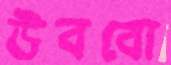
উববো